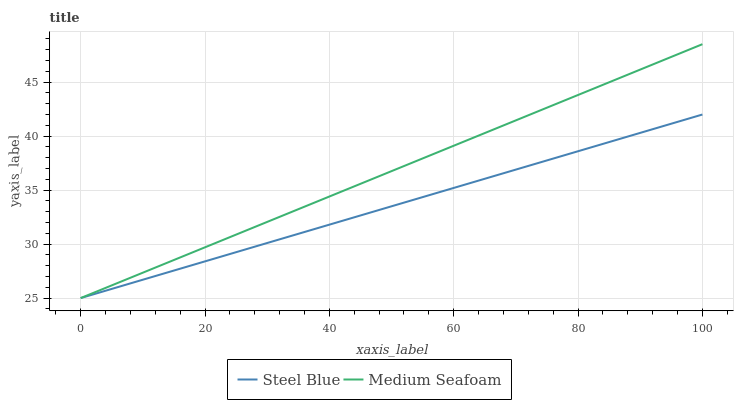
| xaxis_label | Steel Blue | Medium Seafoam |
 | --- | --- | --- |
 | 0 | 25 | 25 |
 | 5.26 | 25.9 | 26.2 |
 | 10.5 | 26.8 | 27.5 |
 | 15.8 | 27.7 | 28.7 |
 | 21.1 | 28.6 | 29.9 |
 | 26.3 | 29.5 | 31.2 |
 | 31.6 | 30.4 | 32.4 |
 | 36.8 | 31.3 | 33.7 |
 | 42.1 | 32.2 | 34.9 |
 | 47.4 | 33 | 36.1 |
 | 52.6 | 33.9 | 37.4 |
 | 57.9 | 34.8 | 38.6 |
 | 63.2 | 35.7 | 39.8 |
 | 68.4 | 36.6 | 41.1 |
 | 73.7 | 37.5 | 42.3 |
 | 78.9 | 38.4 | 43.6 |
 | 84.2 | 39.3 | 44.8 |
 | 89.5 | 40.2 | 46 |
 | 94.7 | 41.1 | 47.3 |
 | 100 | 42 | 48.5 |